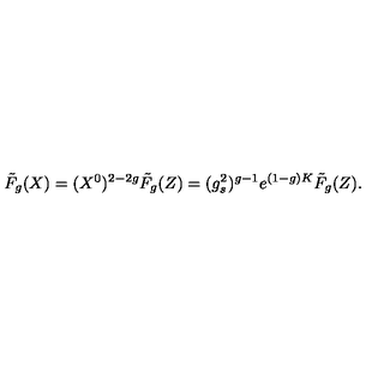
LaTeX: \tilde { F } _ { g } ( X ) = ( X ^ { 0 } ) ^ { 2 - 2 g } \tilde { F } _ { g } ( Z ) = ( g _ { s } ^ { 2 } ) ^ { g - 1 } e ^ { ( 1 - g ) K } \tilde { F } _ { g } ( Z ) .